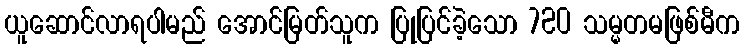
ယူဆောင်လာရပါမည် အောင်မြတ်သူက ပြုပြင်ခဲ့သော 720 သမ္မတမဖြစ်မီက